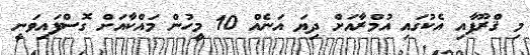
މި ޤްރޫޕާއި އެކުގައި އުމްރާއަށް ދިޔަ އަނެއް 10 މީހުން މައްކާއަށް ގޮސްފައިވަނީ